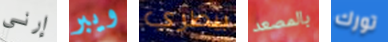
إرني ويبر بيطري بالمصعد تورك